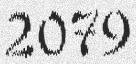
2079